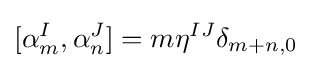
[\alpha _{m}^{I},\alpha _{n}^{J}]=m\eta ^{IJ}\delta _{m+n,0}